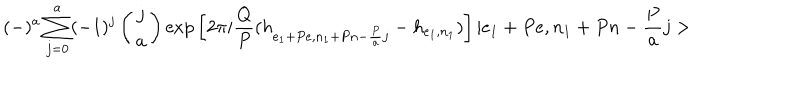
( - ) ^ { a } \sum _ { j = 0 } ^ { a } ( - 1 ) ^ { j } \left( \begin{array} { c } { { j } } \\ { { a } } \\ \end{array} \right) \mathrm { e x p } \left[ 2 \pi i \frac { Q } { P } ( h _ { e _ { 1 } + P e , n _ { 1 } + P n - \frac { P } { a } j } - h _ { e _ { 1 } , n _ { 1 } } ) \right] | e _ { 1 } + P e , n _ { 1 } + P n - \frac { P } { a } j >